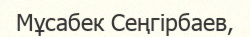
Мұсабек Сеңгірбаев,